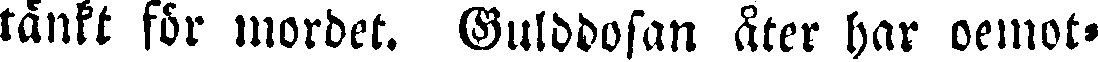
tänkt för mordet. Gulddosan åter har oemot-